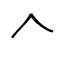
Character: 𠆢